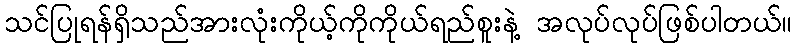
သင်ပြုရန်ရှိသည်အားလုံးကိုယ့်ကိုကိုယ်ရည်စူးနဲ့ အလုပ်လုပ်ဖြစ်ပါတယ်။